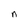
Character: n